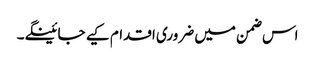
اس ضمن میں ضروری اقدام کیے جائینگے۔